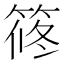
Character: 𥮴